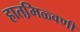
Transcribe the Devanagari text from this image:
हातमि़ळ्वणी